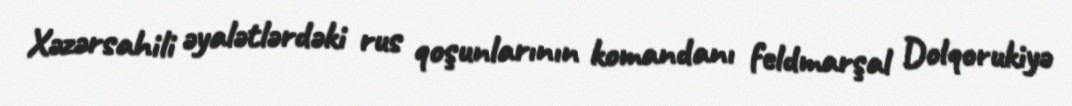
Xəzərsahili əyalətlərdəki rus qoşunlarının komandanı feldmarşal Dolqorukiyə